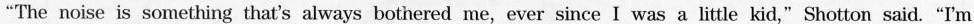
"The noise is something that's always bothered me, ever since I was a little kid,"Shotton said."I'm